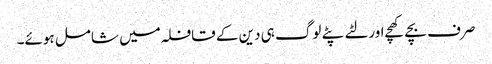
صرف بچے کھچے اور لٹے پٹے لوگ ہی دین کے قافلہ میں شامل ہوئے۔